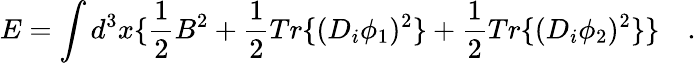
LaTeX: E=\int d^{3}x\{ \frac{1}{2}B^{2}+\frac{1}{2}Tr\{ (D_{i}\phi_{1})^{2}\} +\frac{1}{2}Tr\{ (D_{i}\phi_{2})^{2}\} \} \quad.